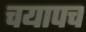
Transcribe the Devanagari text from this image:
चयापच